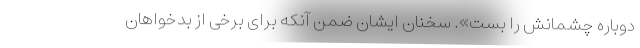
دوباره چشمانش را بست». سخنان ایشان ضمن آنکه برای برخی از بدخواهان